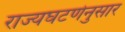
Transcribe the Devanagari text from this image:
राज्यघटणेनुसार